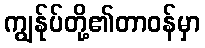
ကျွန်ုပ်တို့၏တာဝန်မှာ